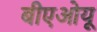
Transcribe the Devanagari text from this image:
बीएओयू